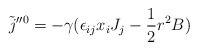
\begin{align*}\tilde{j}''^{0}=-\gamma (\epsilon_{ij}x_{i}J_{j}-\frac{1}{2}r^{2}B)\end{align*}